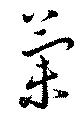
蘭